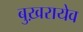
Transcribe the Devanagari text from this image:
बुख़रायेव